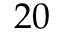
2 0